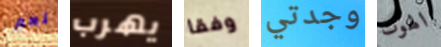
نعم يهرب وفقا وجدتي الهوت